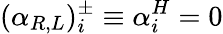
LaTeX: (\alpha_{R,L})_{i}^{\pm}\equiv\alpha_{i}^{H}=0